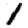
Digit: 1